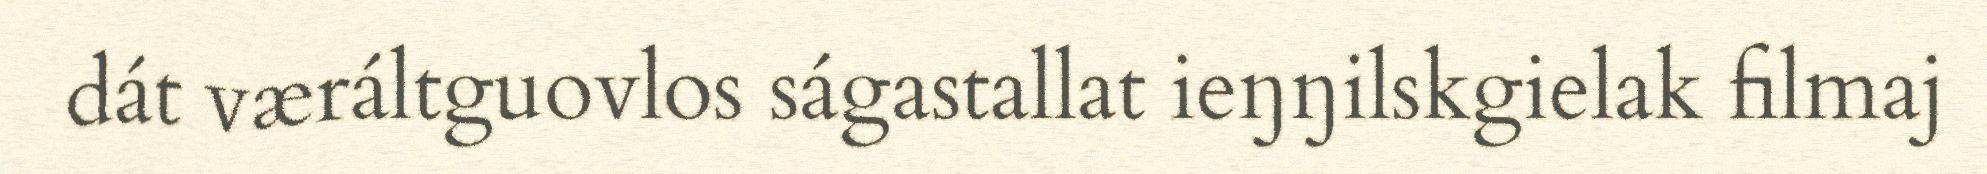
dát væráltguovlos ságastallat ieŋŋilskgielak filmaj